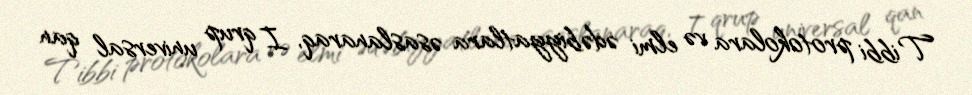
Tibbi protokolara və elmi ədəbiyyatlara əsaslanaraq, I qrup universal qan